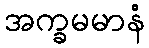
အက္ခမမာနံ